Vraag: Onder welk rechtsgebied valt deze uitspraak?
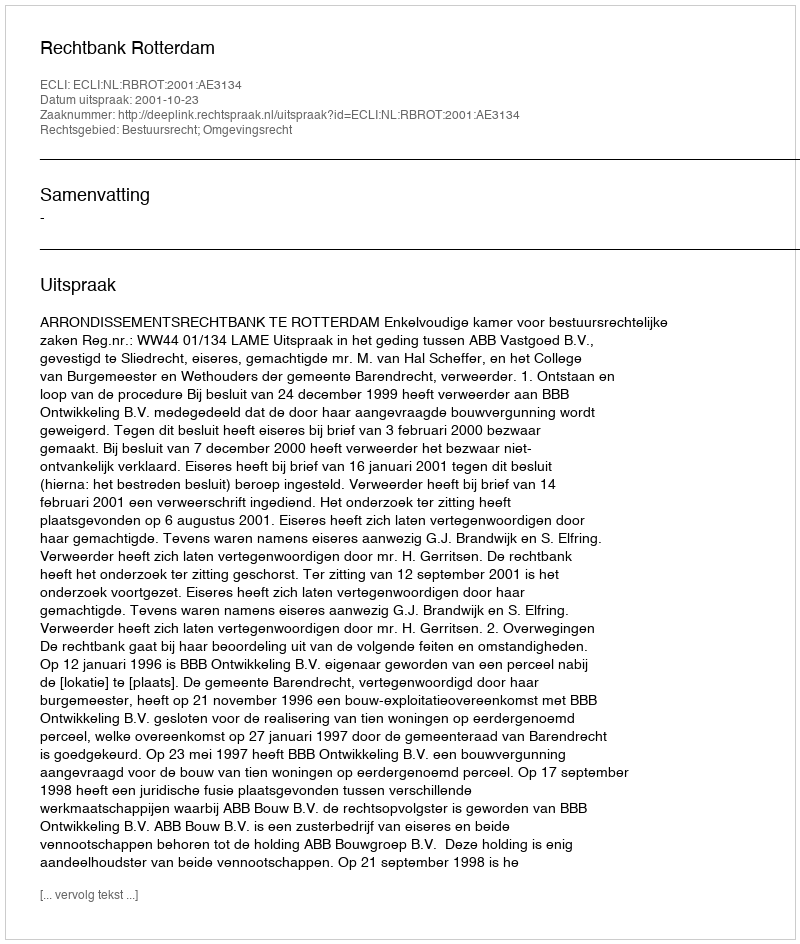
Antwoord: Bestuursrecht; Omgevingsrecht